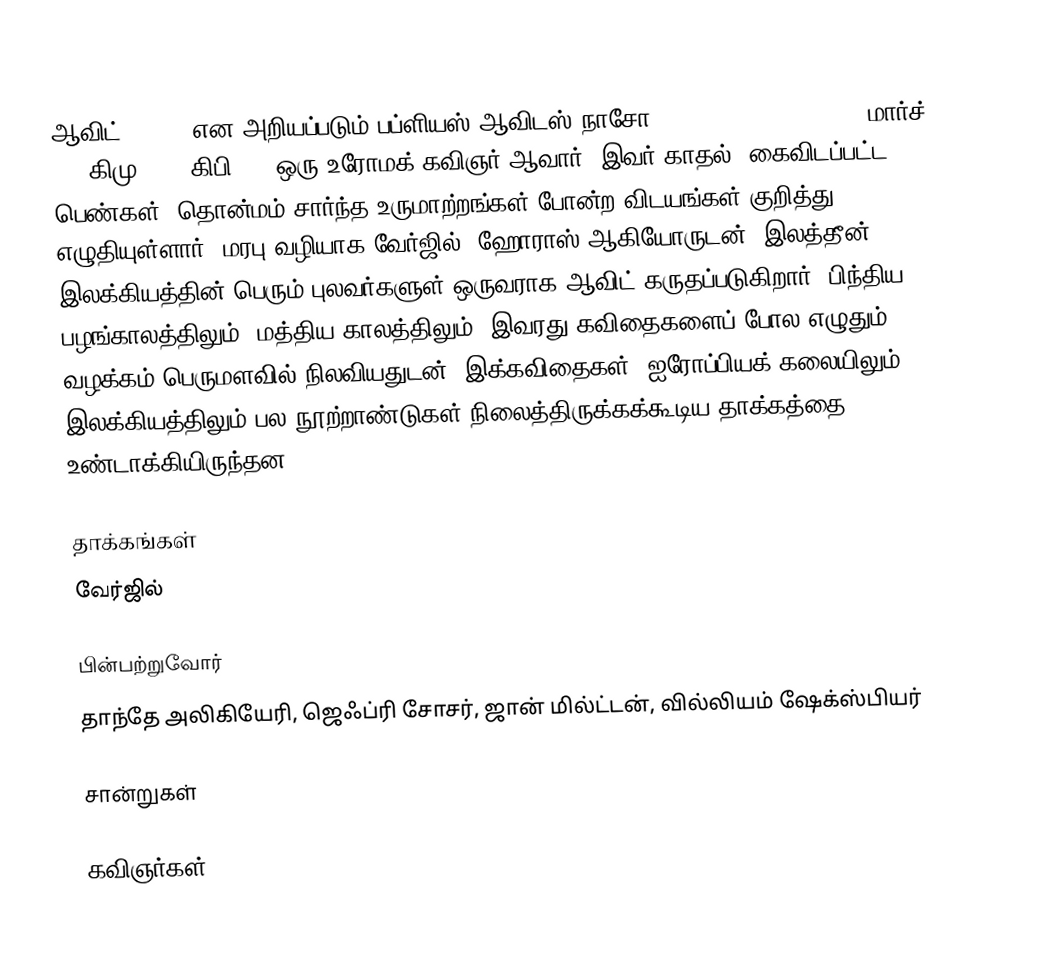
ஆவிட் (Ovid) என அறியப்படும் பப்ளியஸ் ஆவிடஸ் நாசோ (Publius Ovidius Naso, மார்ச் 20, கிமு 43 – கிபி 17) ஒரு உரோமக் கவிஞர் ஆவார். இவர் காதல், கைவிடப்பட்ட பெண்கள், தொன்மம் சார்ந்த உருமாற்றங்கள் போன்ற விடயங்கள் குறித்து எழுதியுள்ளார். மரபு வழியாக வேர்ஜில், ஹோராஸ் ஆகியோருடன், இலத்தீன் இலக்கியத்தின் பெரும் புலவர்களுள் ஒருவராக ஆவிட் கருதப்படுகிறார். பிந்திய பழங்காலத்திலும், மத்திய காலத்திலும், இவரது கவிதைகளைப் போல எழுதும் வழக்கம் பெருமளவில் நிலவியதுடன், இக்கவிதைகள், ஐரோப்பியக் கலையிலும், இலக்கியத்திலும் பல நூற்றாண்டுகள் நிலைத்திருக்கக்கூடிய தாக்கத்தை உண்டாக்கியிருந்தன.

தாக்கங்கள்
வேர்ஜில்

பின்பற்றுவோர்
தாந்தே அலிகியேரி, ஜெஃப்ரி சோசர், ஜான் மில்ட்டன், வில்லியம் ஷேக்ஸ்பியர்

சான்றுகள்

கவிஞர்கள்